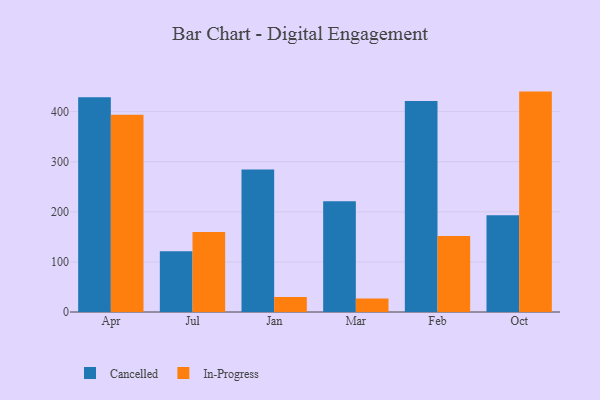
{"axis": {"x": "Month", "y": "Temperature (°C)"}, "legend": ["Cancelled", "In-Progress"], "data": [{"x": "Apr", "y": 428.5, "type": "Cancelled"}, {"x": "Apr", "y": 393.8, "type": "In-Progress"}, {"x": "Jul", "y": 121.1, "type": "Cancelled"}, {"x": "Jul", "y": 159.5, "type": "In-Progress"}, {"x": "Jan", "y": 284.6, "type": "Cancelled"}, {"x": "Jan", "y": 30.1, "type": "In-Progress"}, {"x": "Mar", "y": 221.0, "type": "Cancelled"}, {"x": "Mar", "y": 27.0, "type": "In-Progress"}, {"x": "Feb", "y": 421.0, "type": "Cancelled"}, {"x": "Feb", "y": 151.6, "type": "In-Progress"}, {"x": "Oct", "y": 193.1, "type": "Cancelled"}, {"x": "Oct", "y": 440.0, "type": "In-Progress"}]}